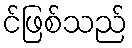
င်ဖြစ်သည်